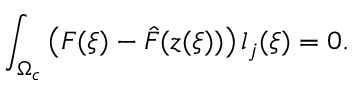
\int _ { \Omega _ { c } } \left( F ( \boldsymbol { \xi } ) - \hat { F } ( \boldsymbol { z } ( \boldsymbol { \xi } ) ) \right) l _ { j } ( \boldsymbol { \xi } ) = 0 .